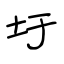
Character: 圩